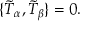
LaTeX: \{ \tilde { T } _ { \alpha } , \tilde { T } _ { \beta } \} = 0 .